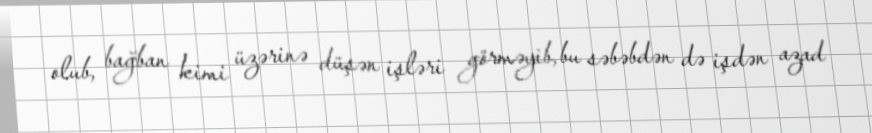
olub, bağban kimi üzərinə düşən işləri görməyib, bu səbəbdən də işdən azad